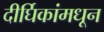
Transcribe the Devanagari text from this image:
दीर्घिकांमधून